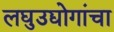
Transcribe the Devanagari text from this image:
लघुउद्योगांचा